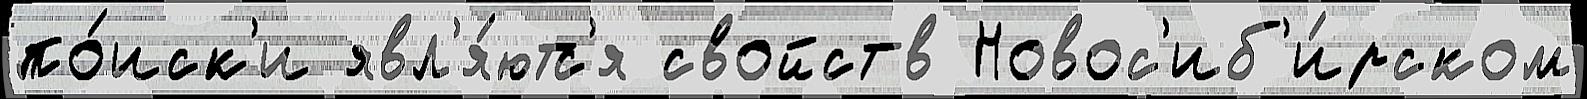
по́иск'и явл'я́ютс'я свойств Новос'иб'и́рском